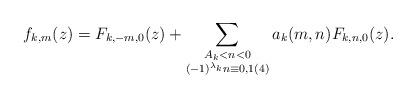
LaTeX: \begin{align*}f_{k,m}(z) = F_{k,-m,0}(z) + \sum_{\substack{A_k < n < 0\\(-1)^{\lambda_k}n \equiv 0,1(4)}}a_k(m,n)F_{k,n,0}(z).\end{align*}